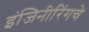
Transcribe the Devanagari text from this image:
इंजिनीरिंगचे